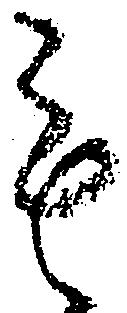
も